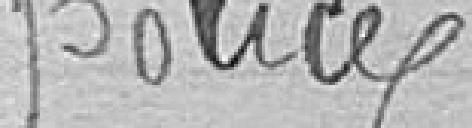
police